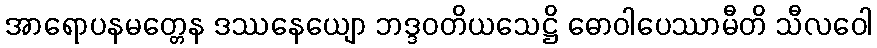
အာရောပနမတ္တေန ဒဿနေယျော ဘဒ္ဒဝတိယသေဋ္ဌိ ဓောဝါပေဿာမီတိ သီလဝေါ